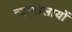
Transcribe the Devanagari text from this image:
न्यायालायों